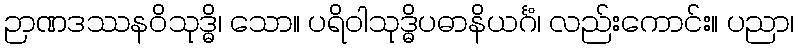
ဉာဏဒဿနဝိသုဒ္ဓိ၊ သော။ ပရိဝါသုဒ္ဓိပဓာနိယင်္ဂံ၊ လည်းကောင်း။ ပညာ၊